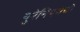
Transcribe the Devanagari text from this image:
युरेनियमची